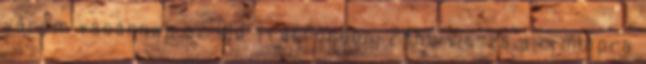
várom vasárnap az Old Traffordon. 24hu vissza a címlapra